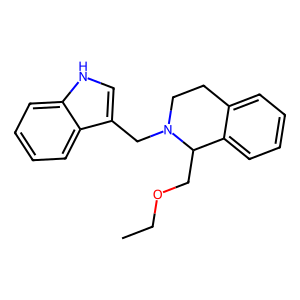
SMILES: CCOCC1c2ccccc2CCN1Cc1c[nH]c2ccccc12
Inhibits HIV replication: No